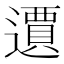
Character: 𲆀